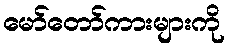
မော်တော်ကားများကို